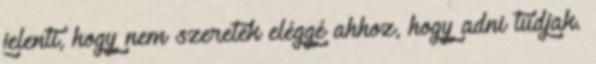
jelenti, hogy nem szeretek eléggé ahhoz, hogy adni tudjak.